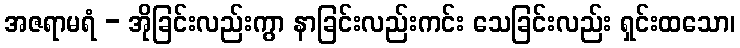
အဇရာမရံ - အိုခြင်းလည်းကွာ နာခြင်းလည်းကင်း သေခြင်းလည်း ရှင်းထသော၊